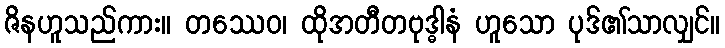
ဇိနဟူသည်ကား။ တဿေဝ၊ ထိုအတီတဗုဒ္ဓါနံ ဟူသော ပုဒ်၏သာလျှင်။